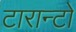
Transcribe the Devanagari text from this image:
टारान्टो